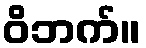
ဝိဘက်။